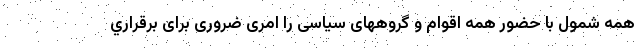
همه شمول با حضور همه اقوام و گروههای سیاسی را امری ضروری برای برقراري